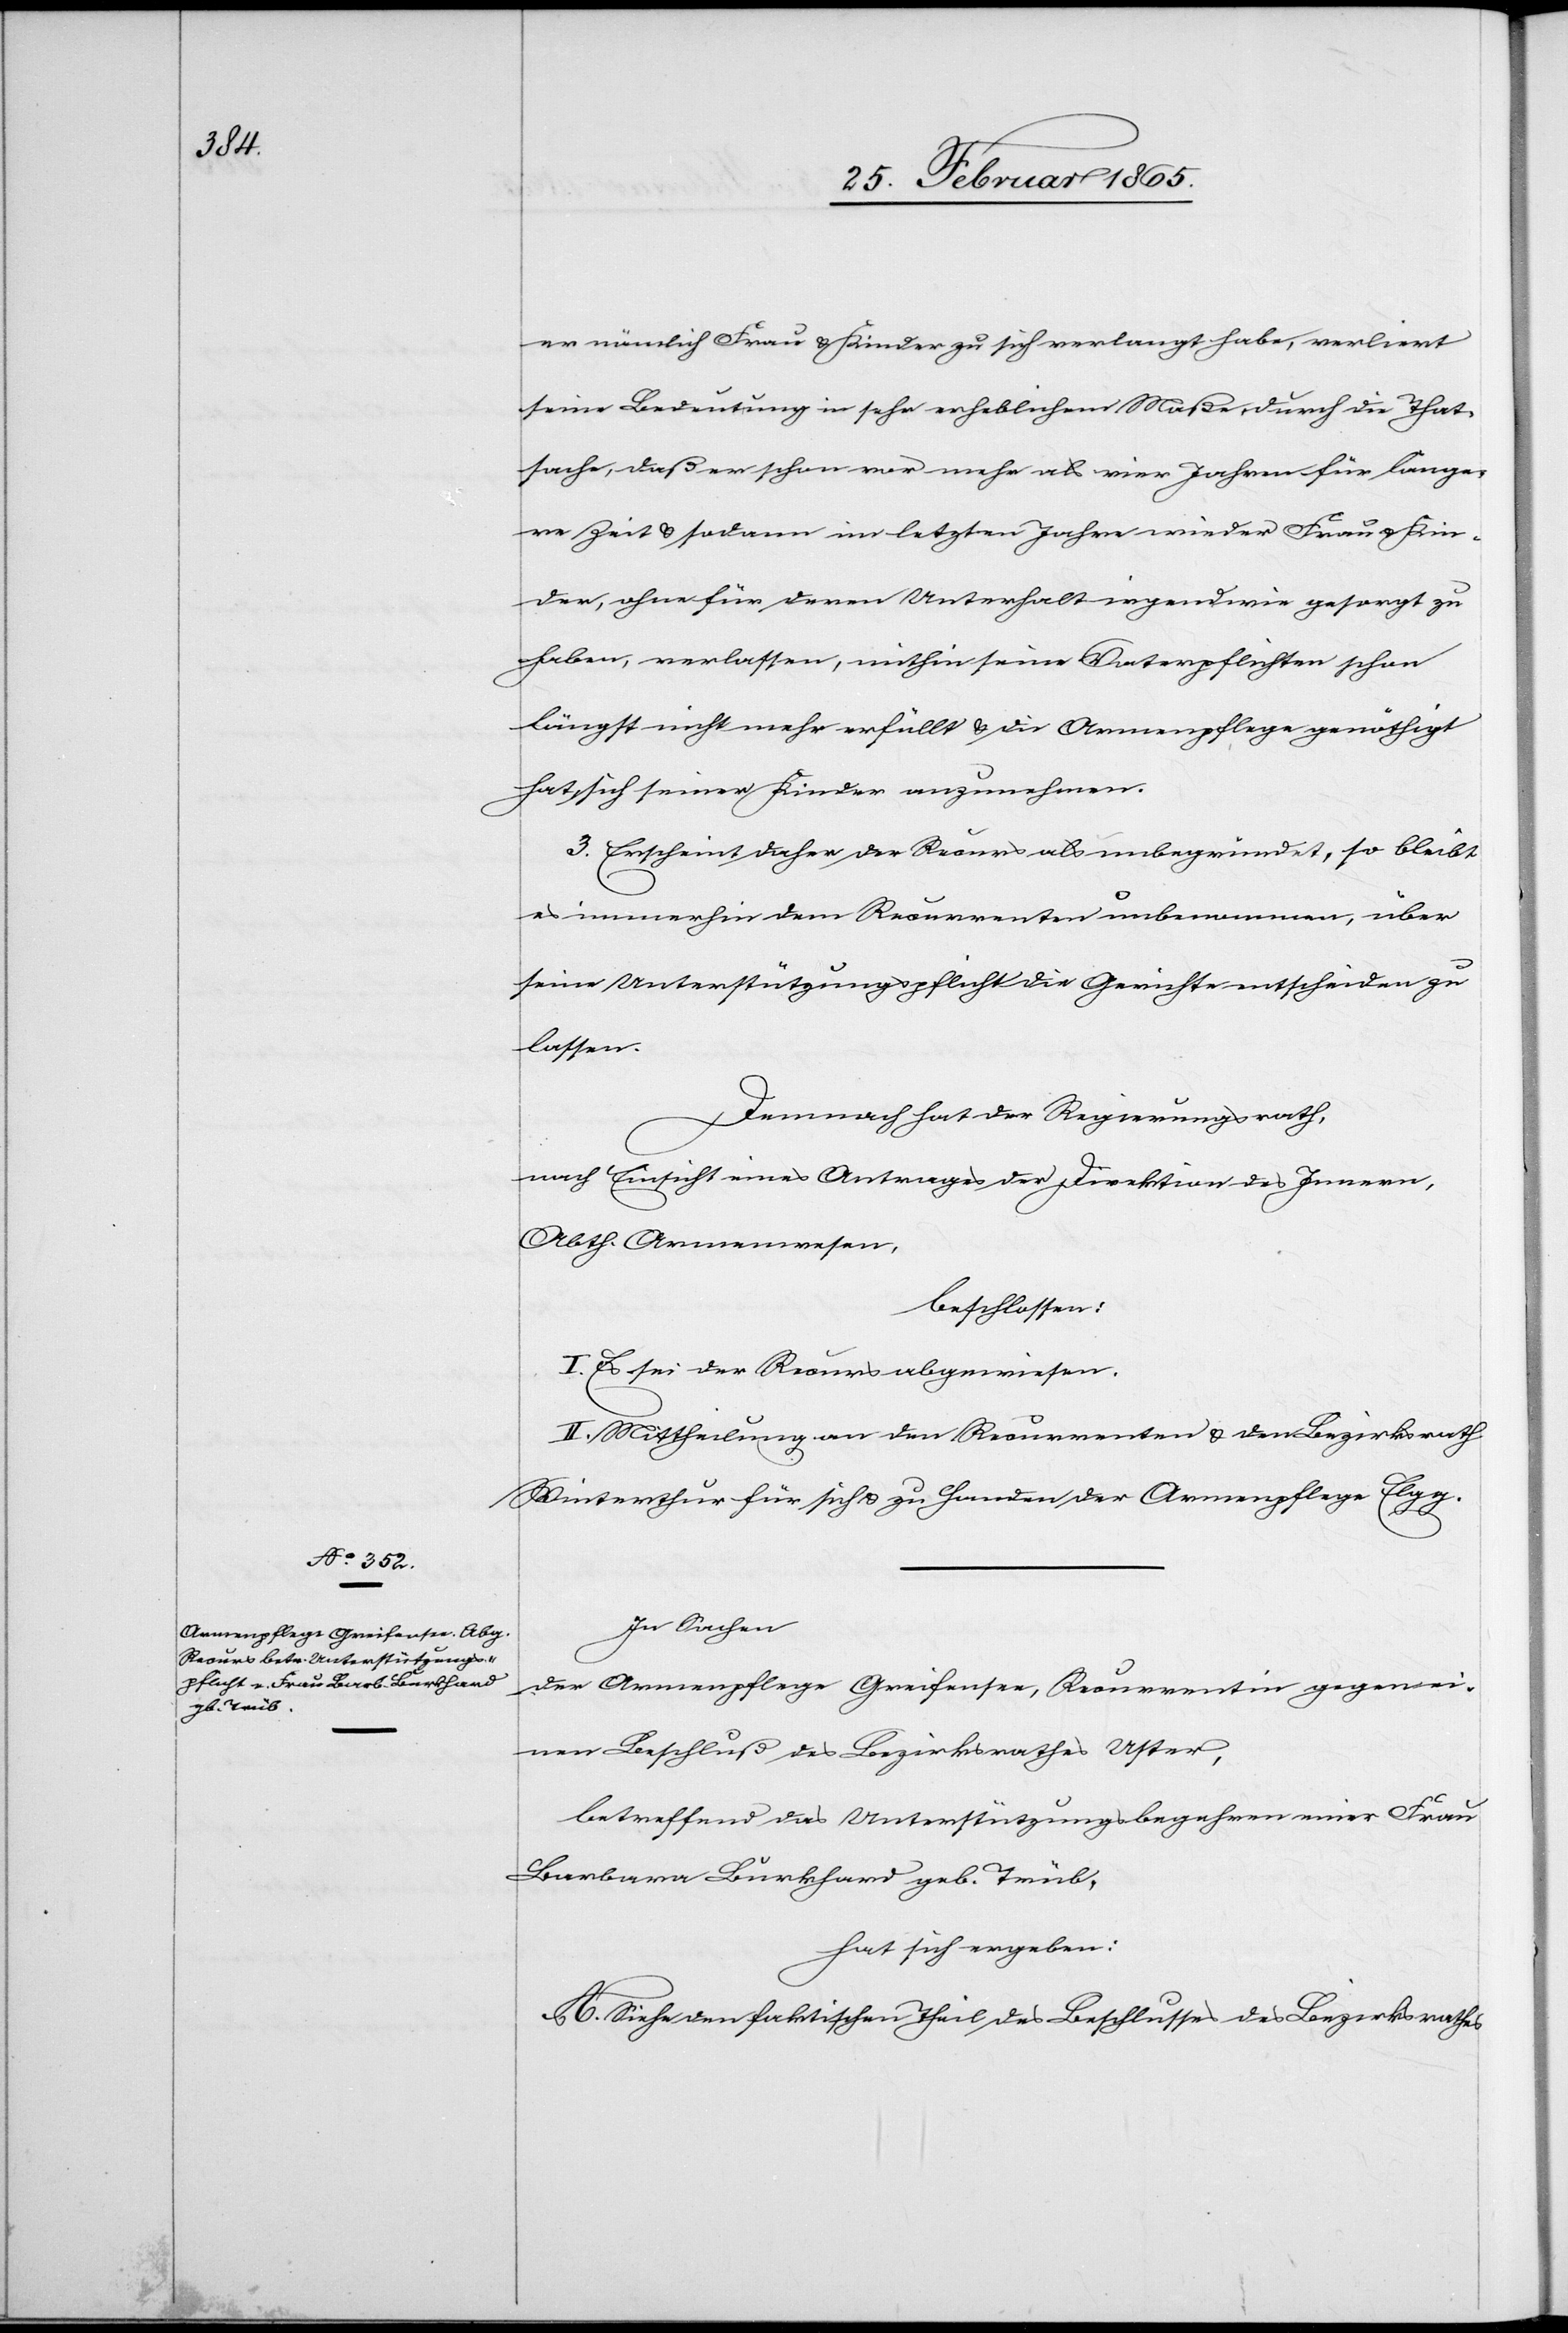
er nämlich Frau u. Kinder zu sich verlangt habe, verliert
seine Bedeutung in sehr erheblichem Maße, durch die That¬
sache, daß er schon vor mehr als vier Jahren für länge¬
re Zeit u. sodann im letzten Jahre wieder Frau u. Kin¬
der, ohne für deren Unterhalt irgendwie gesorgt zu
haben, verlassen, mithin seine Vaterpflichten schon
längst nicht mehr erfüllt u. die Armenpflege genöthigt
hat, sich seiner Kinder anzunehmen.
3. Erscheint daher der Recurs als unbegründet, so bleibt
es immerhin dem Recurrenten unbenommen, über
seine Unterstützungspflicht die Gerichte entscheiden zu
lassen.
Demnach hat der Regierungsrath,
nach Einsicht eines Antrages der Direktion des Innern,
Abth. Armenwesen,
beschlossen:
I. Es sei der Recurs abgewiesen.
II. Mittheilung an den Recurrenten u. den Bezirksrath
Winterthur für sich u. zu Handen der Armenpflege Elgg.
In Sachen
der Armenpflege Greifensee, Recurrentin gegen ei¬
nen Beschluß des Bezirksrathes Uster,
betreffend das Unterstützungsbegehren einer Frau
Barbara Burkhard geb. Trüb,
hat sich ergeben:
A. Siehe den faktischen Theil des Beschlusses des Bezirksrathes